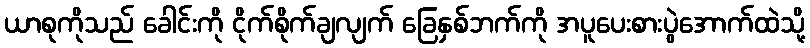
ယာစုကိုသည် ခေါင်းကို ငိုက်စိုက်ချလျက် ခြေနှစ်ဘက်ကို အပူပေးစားပွဲအောက်ထဲသို့